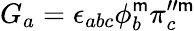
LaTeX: G_{a}=\epsilon_{abc}\phi_{b}^{\mathsf{m}}\pi_{c}^{\prime\prime\mathsf{m}}